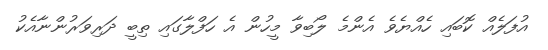
އުފަލެއް ކޮބައި ހެއްޔެވެ އެންމެ ލޯބިވާ މީހުން އެ ހަފްލާގައި ތިބީ ދަރިވަރުންނާއެކު